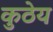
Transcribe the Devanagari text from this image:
कुठेय